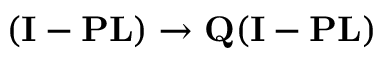
( { \bf I } - { \bf P } { \bf L } ) \rightarrow { \bf Q } ( { \bf I } - { \bf P } { \bf L } )